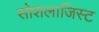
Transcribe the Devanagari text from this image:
सोशलाजिस्ट